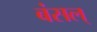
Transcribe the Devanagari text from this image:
बंसल्